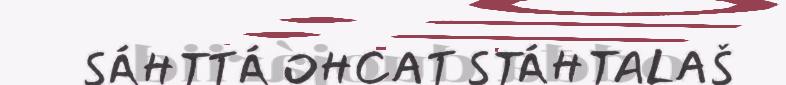
SÁHTTÁ OHCAT STÁHTALAŠ